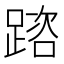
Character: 䠖